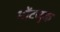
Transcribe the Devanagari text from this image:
मोंटजुक